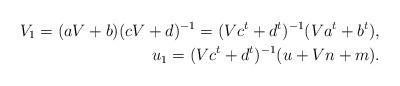
LaTeX: \begin{align*}V_1 = (aV+b)(cV+d)^{-1} =(Vc^t+d^t)^{-1}(Va^t+b^t), \\ u_1 = (Vc^t+d^t)^{-1}(u+Vn+m).\end{align*}